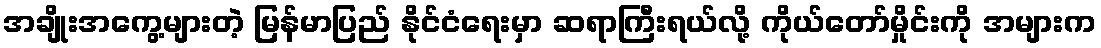
အချိုးအကွေ့များတဲ့ မြန်မာပြည် နိုင်ငံရေးမှာ ဆရာကြီးရယ်လို့ ကိုယ်တော်မှိုင်းကို အများက